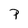
Character: P